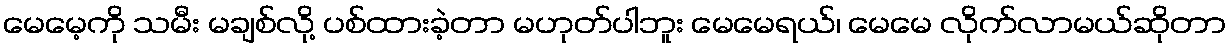
မေမေ့ကို သမီး မချစ်လို့ ပစ်ထားခဲ့တာ မဟုတ်ပါဘူး မေမေရယ်၊ မေမေ လိုက်လာမယ်ဆိုတာ